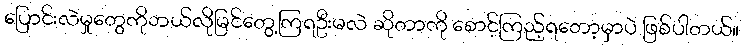
ပြောင်းလဲမှုတွေကိုဘယ်လိုမြင်တွေ့ကြရဦးမလဲ ဆိုတာကို စောင့်ကြည့်ရတော့မှာပဲ ဖြစ်ပါတယ်။